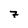
Character: 7